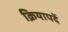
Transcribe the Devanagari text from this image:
क्रियापदें